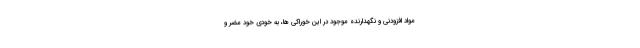
مواد افزودنی و نگهدارنده موجود در این خوراکی ها، به خودی خود مضر و